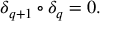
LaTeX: \delta _ { q + 1 } \circ \delta _ { q } = 0 .